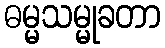
ဓမ္မသမ္မုခတာ